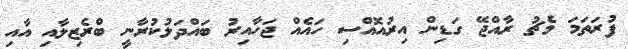
ފުރަތަމަ މެޗު ރާއްޖޭ ގަޑިން އިރުއޮއްސި ހައެއް ޖަހާއިރު ބައްދަލުކުރާނީ ބްރެޒިލާއި އާއި